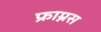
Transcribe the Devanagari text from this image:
फ्राम्नस